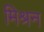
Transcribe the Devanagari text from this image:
मिश्रन